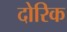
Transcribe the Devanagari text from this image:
दोरिक